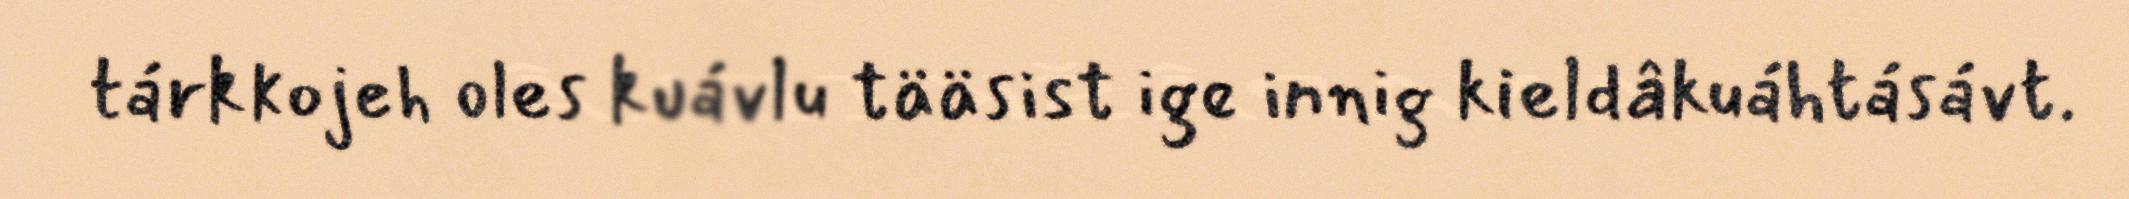
tárkkojeh oles kuávlu tääsist ige innig kieldâkuáhtásávt.